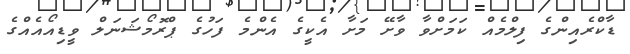
ޑާކްރެއިންގެ ފިލްމެއް ކަމަށްވާ ވާށޭ މަށާ އެކީގެ އެންމެ ފަހުގެ ޕްރޮމޯޝަނަލް ވީޑިއޯއެއްގެ